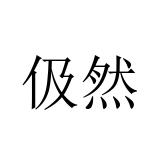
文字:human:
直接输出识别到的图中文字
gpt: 伋然